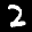
Label: 2